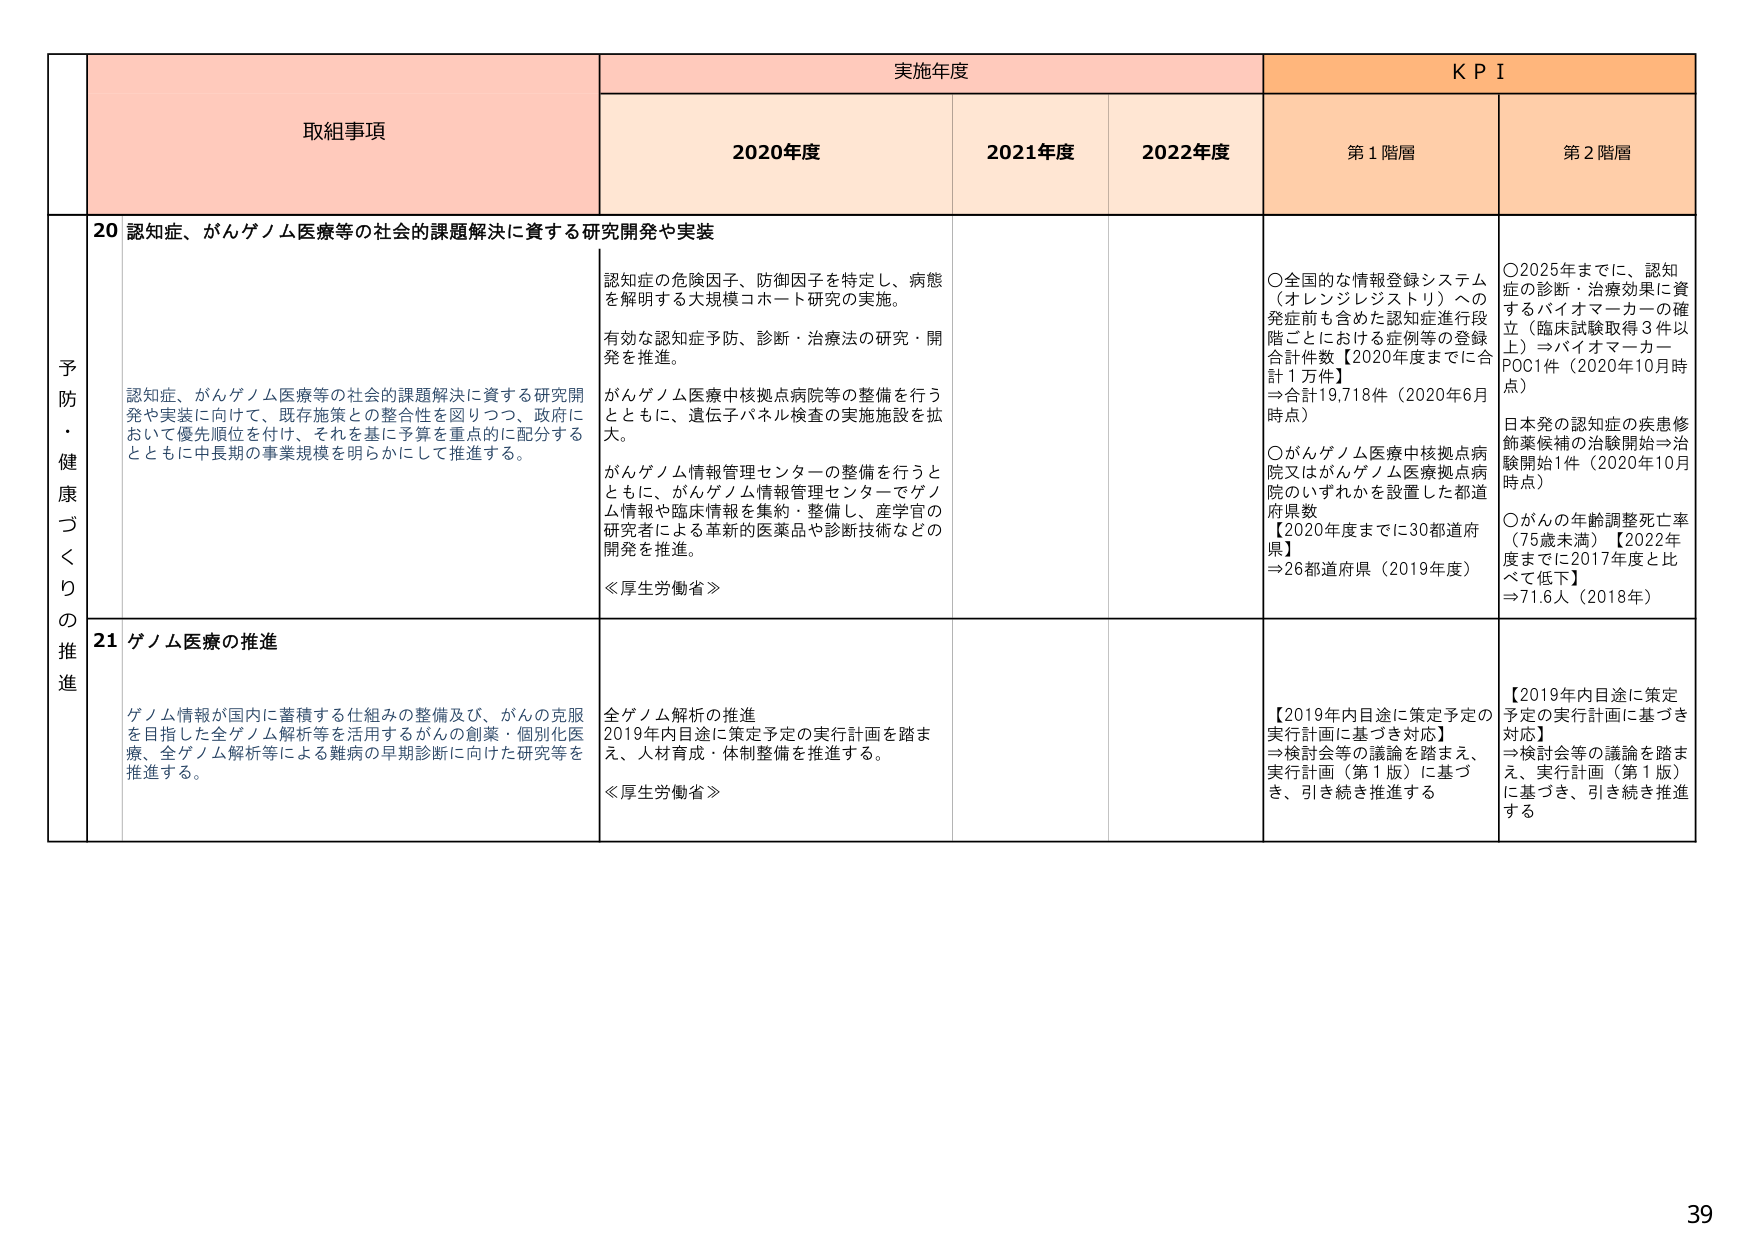
予防・健康づくりの推進

取組事項

実施年度

KPI

2020年度

2021年度

2022年度

第1階層

第2階層

20 認知症、がんゲノム医療等の社会的課題解決に資する研究開発や実装

認知症、がんゲノム医療等の社会的課題解決に資する研究開発や実装に向けて、既存施策との整合性を図りつつ、政府において優先順位を付け、それを基に予算を重点的に配分するとともに中長期の事業規模を明らかにして推進する。

認知症の危険因子、防御因子を特定し、病態を解明する大規模コホート研究の実施。

有効な認知症予防、診断・治療法の研究・開発を推進。

がんゲノム医療中核拠点病院等の整備を行うとともに、遺伝子パネル検査の実施施設を拡大。

がんゲノム情報管理センターの整備を行うとともに、がんゲノム情報管理センターでゲノム情報や臨床情報を集約・整備し、産学官の研究者による革新的医薬品や診断技術などの開発を推進。

≪厚生労働省≫

〇全国的な情報登録システム（オレンジレジストリ）への発症前も含めた認知症進行段階ごとにおける症例等の登録合計件数【2020年度までに合計1万件】
⇒合計19,718件（2020年6月時点）

〇がんゲノム医療中核拠点病院又はがんゲノム医療拠点病院のいずれかを設置した都道府県数
【2020年度までに30都道府県】
⇒26都道府県（2019年度）

〇2025年までに、認知症の診断・治療効果に資するバイオマーカーの確立（臨床試験取得3件以上）⇒バイオマーカーPOC1件（2020年10月時点）

日本発の認知症の疾患修飾薬候補の治験開始⇒治験開始1件（2020年10月時点）

〇がんの年齢調整死亡率（75歳未満）【2022年度までに2017年度と比べて低下】
⇒71.6人（2018年）

21 ゲノム医療の推進

ゲノム情報が国内に蓄積する仕組みの整備及び、がんの克服を目指した全ゲノム解析等を活用するがんの創薬・個別化医療、全ゲノム解析等による難病の早期診断に向けた研究等を推進する。

全ゲノム解析の推進
2019年内目途に策定予定の実行計画を踏まえ、人材育成・体制整備を推進する。
≪厚生労働省≫

【2019年内目途に策定予定の実行計画に基づき対応】
⇒検討会等の議論を踏まえ、実行計画（第1版）に基づき、引き続き推進する

【2019年内目途に策定予定の実行計画に基づき対応】
⇒検討会等の議論を踏まえ、実行計画（第1版）に基づき、引き続き推進する

39